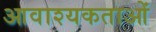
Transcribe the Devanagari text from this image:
आवाश्यकताओं